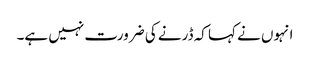
انہوں نے کہا کہ ڈرنے کی ضرورت نہیں ہے۔